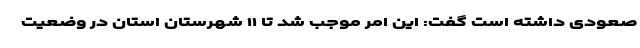
صعودی داشته است گفت: این امر موجب شد تا ۱۱ شهرستان استان در وضعیت